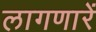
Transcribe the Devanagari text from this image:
लागणारें